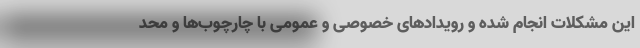
این مشکلات انجام شده و رویدادهای خصوصی و عمومی با چارچوب‌ها و محد